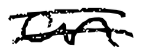
Text: an
Cross-out: mix
Writing tool: digital_black